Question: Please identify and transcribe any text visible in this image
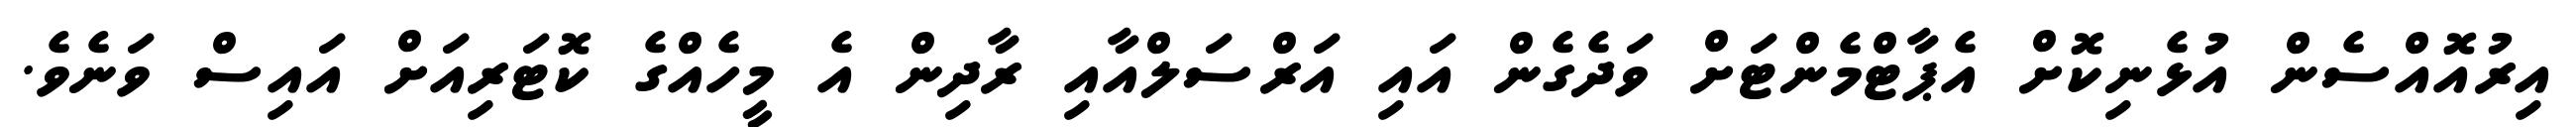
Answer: އިރުއޮއްސެން އުޅެނިކޮށް އެޕާޓްމެންޓަށް ވަދެގެން އައި އަރްސަލްއާއި ރާދިން އެ މީހެއްގެ ކޮޓަރިއަށް އައިސް ވަނެވެ.